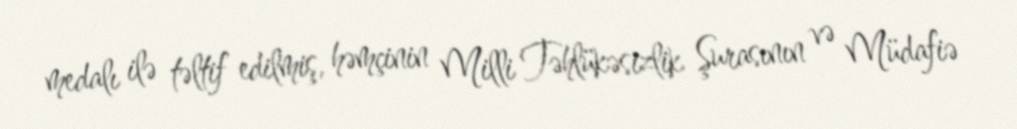
medalı ilə təltif edilmiş, həmçinin Milli Təhlükəsizlik Şurasının və Müdafiə